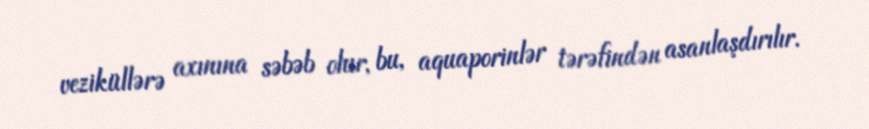
veziküllərə axınına səbəb olur, bu, aquaporinlər tərəfindən asanlaşdırılır.